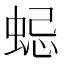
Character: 𧋷